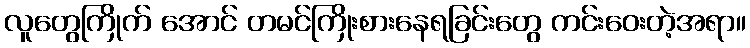
လူတွေကြိုက် အောင် တမင်ကြိုးစားနေရခြင်းတွေ ကင်းဝေးတဲ့အရာ။